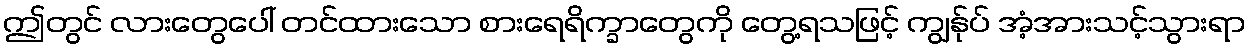
ဤတွင် လားတွေပေါ် တင်ထားသော စားရေရိက္ခာတွေကို တွေ့ရသဖြင့် ကျွန်ုပ် အံ့အားသင့်သွားရာ